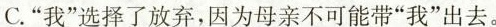
C.”我”选择了放弃，因为母亲不可能带”我”出去。